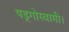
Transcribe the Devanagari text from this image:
षड्गोस्वामी।